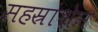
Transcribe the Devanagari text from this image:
सहस्रांशेन